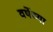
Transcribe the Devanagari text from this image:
वर्षेच्या